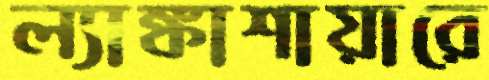
ল্যাঙ্কাশায়ারে